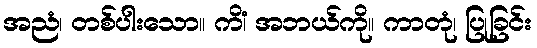
အညံ၊ တစ်ပါးသော။ ကိံ၊ အဘယ်ကို။ ကာတုံ၊ ပြုခြင်း